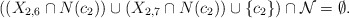
\begin{align*}\mbox{$((X_{2,6}\cap N(c_2))\cup (X_{2,7}\cap N(c_2))\cup\{c_2\})\cap {\cal N}=\emptyset$.}\end{align*}